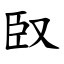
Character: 臤